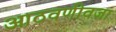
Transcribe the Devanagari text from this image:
आठवणीवजा